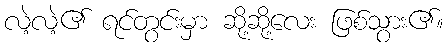
လဲ့လဲ့၏ ရင်တွင်းမှာ ဆို့ဆို့လေး ဖြစ်သွား၏။